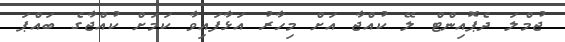
ޖުމްލަ ދެޕޮއިންޓް ލޭ ކުއްޖާ އަށް މިހާރު އަޅާފައިވާ ކަމަށް ކުއްޖާގެ ބައްޕަ